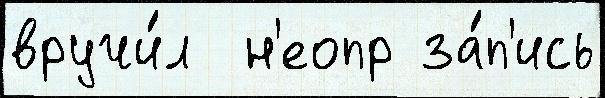
вручи́л  н'еопр за́п'ись